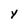
Character: y